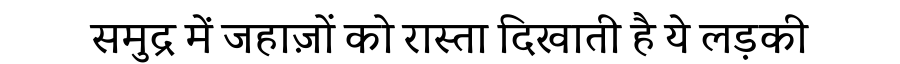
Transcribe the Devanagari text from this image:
समुद्र में जहाज़ों को रास्ता दिखाती है ये लड़की